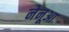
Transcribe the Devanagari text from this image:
नेनूआ